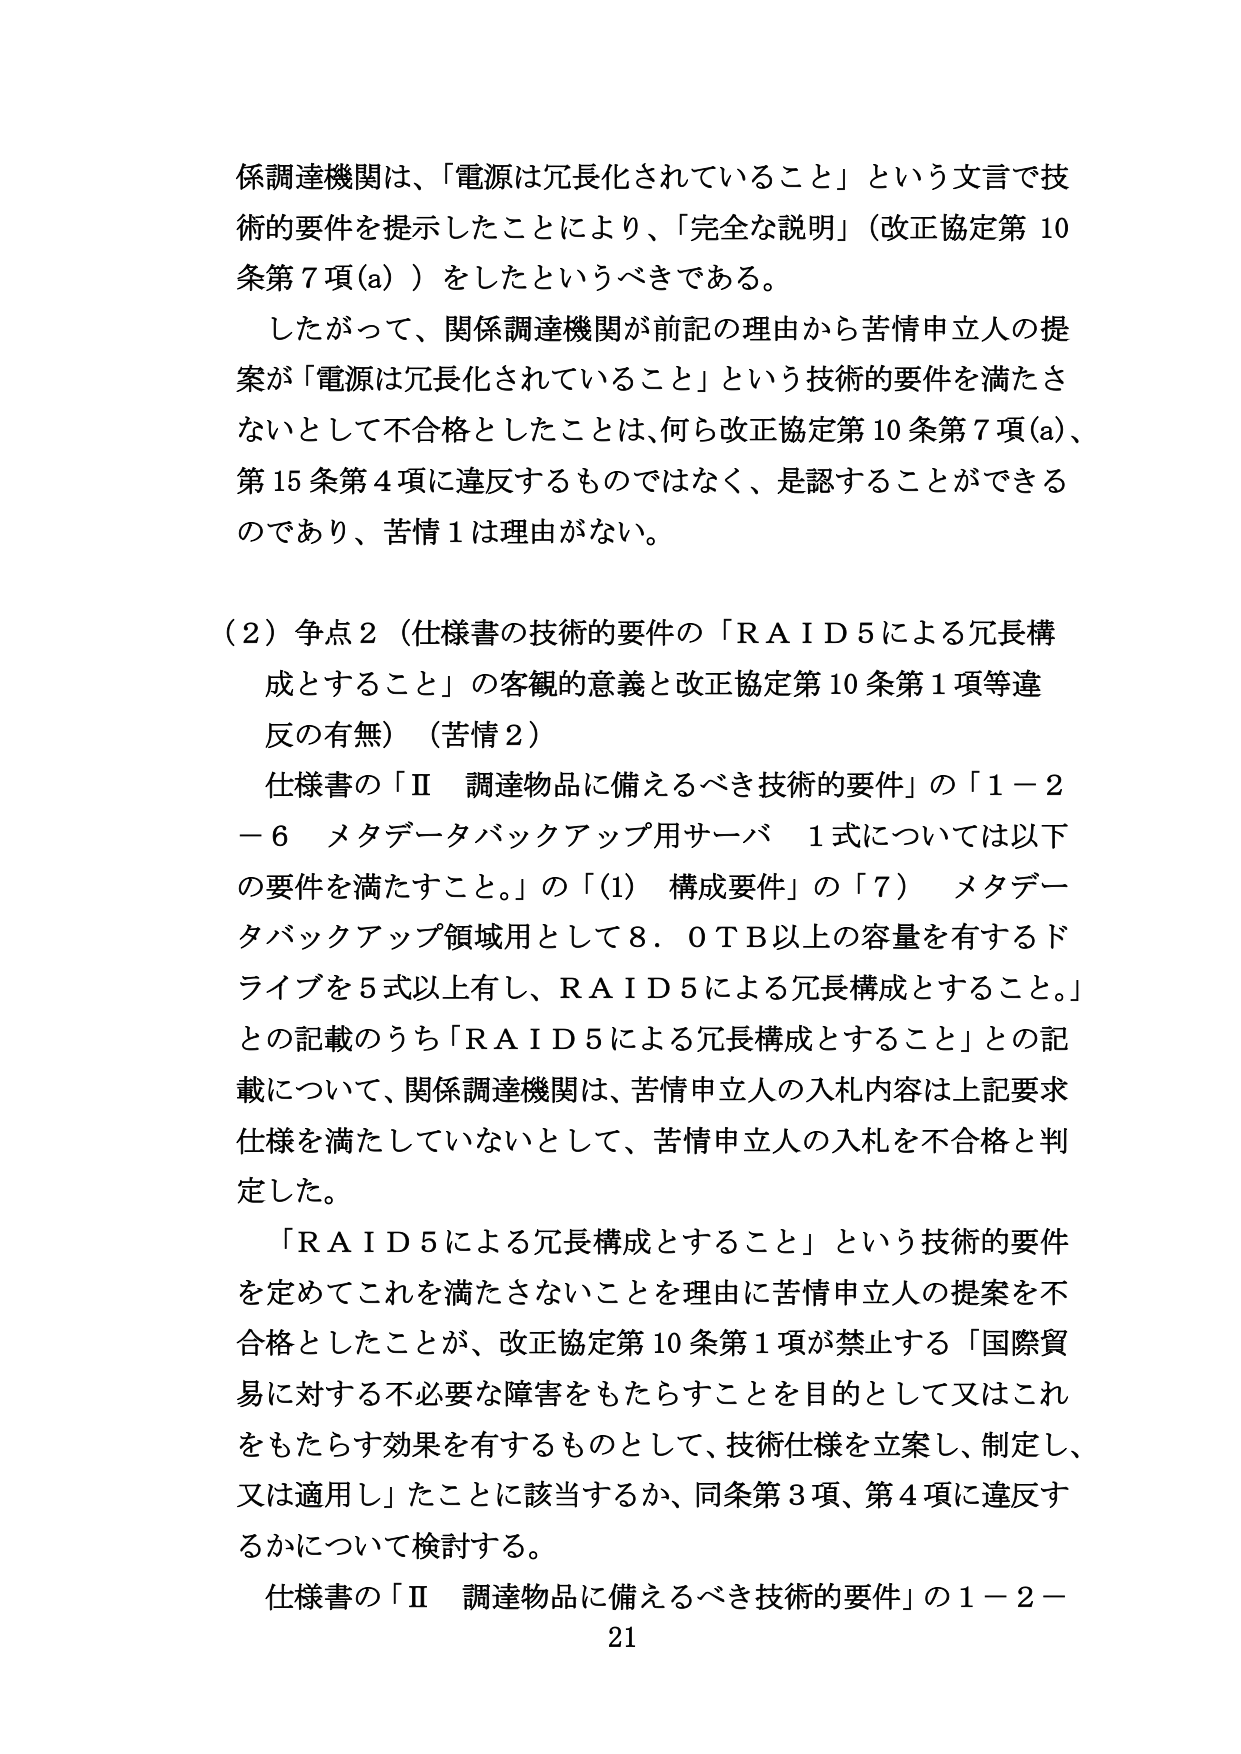
係調達機関は、「電源は冗長化されていること」という文言で技術的要件を提示したことにより、「完全な説明」（改正協定第10条第7項(a)）をしたというべきである。

したがって、関係調達機関が前記の理由から苦情申立人の提案が「電源は冗長化されていること」という技術的要件を満たさないとして不合格としたことは、何ら改正協定第10条第7項(a)、第15条第4項に違反するものではなく、是認することができるのであり、苦情1は理由がない。

（2）争点2（仕様書の技術的要件の「RAID5による冗長構成とすること」の客観的意義と改正協定第10条第1項等違反の有無）（苦情2）

仕様書の「Ⅱ 調達物品に備えるべき技術的要件」の「1－2－6 メタデータバックアップ用サーバ 1式については以下の要件を満たすこと。」の「(1) 構成要件」の「7） メタデータバックアップ領域用として8．0TB以上の容量を有するドライブを5式以上有し、RAID5による冗長構成とすること。」との記載のうち「RAID5による冗長構成とすること」との記載について、関係調達機関は、苦情申立人の入札内容は上記要求仕様を満たしていないとして、苦情申立人の入札を不合格と判定した。

「RAID5による冗長構成とすること」という技術的要件を定めてこれを満たさないことを理由に苦情申立人の提案を不合格としたことが、改正協定第10条第1項が禁止する「国際貿易に対する不必要な障害をもたらすことを目的として又はこれをもたらす効果を有するものとして、技術仕様を立案し、制定し、又は適用し」たことに該当するか、同条第3項、第4項に違反するかについて検討する。

仕様書の「Ⅱ 調達物品に備えるべき技術的要件」の1－2－21